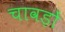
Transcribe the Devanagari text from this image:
चावड़ों